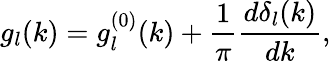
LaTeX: g_{l}(k)=g_{l}^{(0)}(k)+\frac{1}{\pi}\frac{d\delta_{l}(k)}{dk},